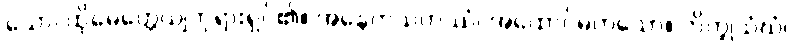
သော၊ ထိုမေတ္တေယျဘုရားရှင်၏။ အနေကသဟဿံ၊ အထောင်မကသော။ ဘိက္ခုသံဃံ၊